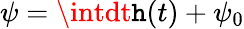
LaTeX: \psi=\intdt\mathtt{h}(t)+\psi_{0}